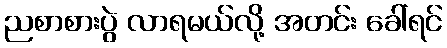
ညစာစားပွဲ လာရမယ်လို့ အတင်း ခေါ်ရင်